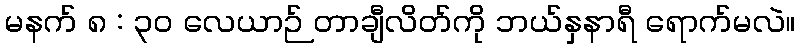
မနက် ၈ : ၃၀ လေယာဉ် တာချီလိတ်ကို ဘယ်နှနာရီ ရောက်မလဲ။